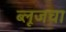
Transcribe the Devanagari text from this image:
ब्लूजचा